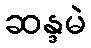
ဆန္ဒမဲ